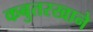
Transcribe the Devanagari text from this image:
कबुतरखाने